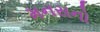
મનસનો